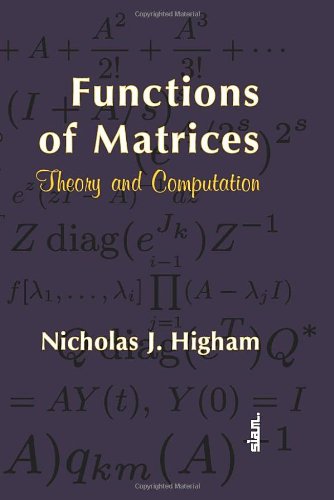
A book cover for Functions of Matrices: Theory and Computation (Other Titles in Applied Mathematics); Nicholas J. Higham; Science & Math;